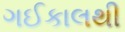
ગઈકાલથી